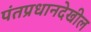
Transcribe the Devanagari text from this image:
पंतप्रधानदेखील